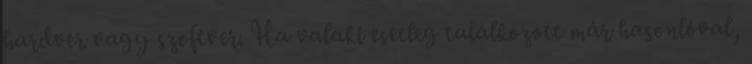
hardver vagy szoftver. Ha valaki esetleg találkozott már hasonlóval,